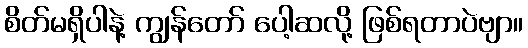
စိတ်မရှိပါနဲ့ ကျွန်တော် ပေါ့ဆလို့ ဖြစ်ရတာပဲဗျာ။